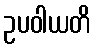
ဥပဝါယတိ